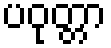
ပဝုတ္တာ